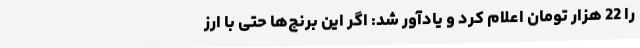
را 22 هزار تومان اعلام کرد و یادآور شد: اگر این برنج‌ها حتی با ارز